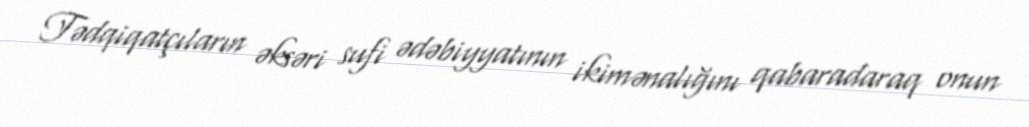
Tədqiqatçıların əksəri sufi ədəbiyyatının ikimənalığını qabaradaraq onun